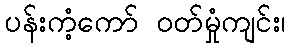
ပန်းကံ့ကော် ဝတ်မှုံကျင်း၊